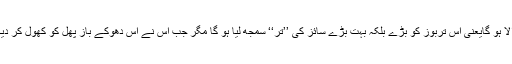
بوز کہہ ڈالا ہو گایعنی اس تربوز کو بڑے بلکہ بہت بڑے سائز کی ’’تر‘‘ سمجھ لیا ہو گا مگر جب اس نے اس دھوکے باز پھل کو کھول کر دیکھا ہو گا ۔